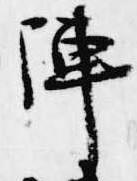
陣